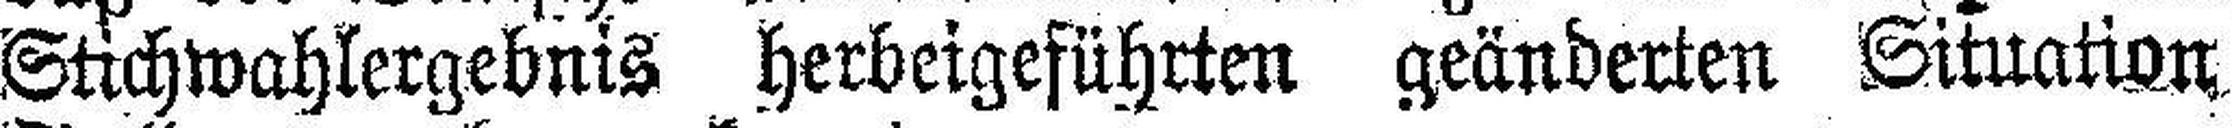
Stichwahlergebnis herbeigeführten geänderten Situation